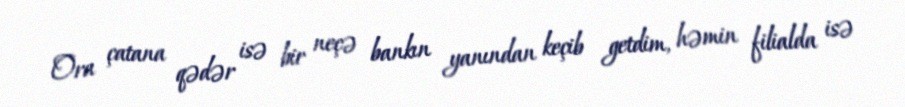
Ora çatana qədər isə bir neçə bankın yanından keçib getdim, həmin filialda isə